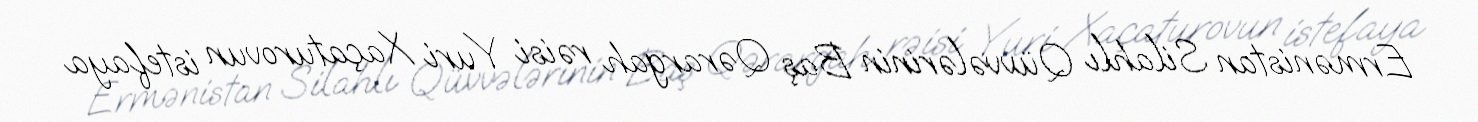
Ermənistan Silahlı Qüvvələrinin Baş Qərargah rəisi Yuri Xaçaturovun istefaya